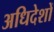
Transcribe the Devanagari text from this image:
अधिदेशों